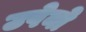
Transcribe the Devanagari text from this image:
उपेनो